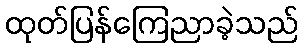
ထုတ်ပြန်ကြေညာခဲ့သည်